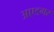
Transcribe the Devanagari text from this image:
अएडगर